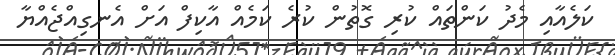
ކަލެއާއި މެދު ކަންތައް ކުރި ގޮތުން ކުރެ ކަމެއް އާކިފް އަށް އެނގިއްޖެއްޔާ